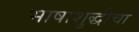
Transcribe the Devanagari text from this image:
भाषाशुद्धीचा